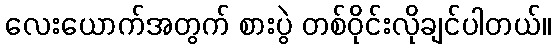
လေးယောက်အတွက် စားပွဲ တစ်ဝိုင်းလိုချင်ပါတယ်။